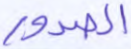
الصدور